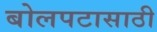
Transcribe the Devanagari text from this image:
बोलपटासाठी